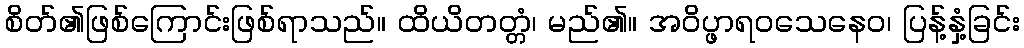
စိတ်၏ဖြစ်ကြောင်းဖြစ်ရာသည်။ ထိယိတတ္တံ၊ မည်၏။ အဝိပ္ဖာရဝသေနေဝ၊ ပြန့်နှံ့ခြင်း